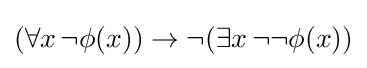
(\forall x\,\neg \phi (x))\to \neg (\exists x\,\neg \neg \phi (x))